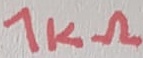
Text: 1KΩ